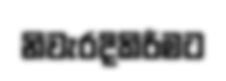
නිවැරදිකිරීමට